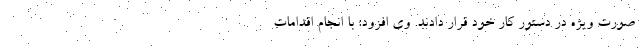
صورت ویژه در دستور کار خود قرار دادند. وی افزود: با انجام اقدامات